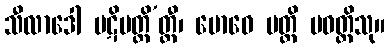
သီလာဒေါ ပဋိပတ္တိ’တ္ထီ၊ ဗောဓေ ပတ္တိ ပဝတ္တိသု။